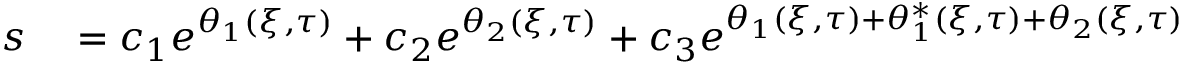
\begin{array} { r l } { s } & { { } = c _ { 1 } e ^ { \theta _ { 1 } ( \xi , \tau ) } + c _ { 2 } e ^ { \theta _ { 2 } ( \xi , \tau ) } + c _ { 3 } e ^ { \theta _ { 1 } ( \xi , \tau ) + \theta _ { 1 } ^ { * } ( \xi , \tau ) + \theta _ { 2 } ( \xi , \tau ) } } \end{array}